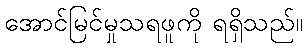
အောင်မြင်မှုသရဖူကို ရရှိသည်။